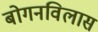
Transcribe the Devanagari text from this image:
बोगनविलास